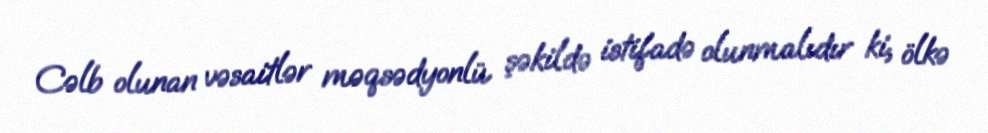
Cəlb olunan vəsaitlər məqsədyonlü şəkildə istifadə olunmalıdır ki, ölkə